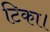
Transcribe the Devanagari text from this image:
टिका।